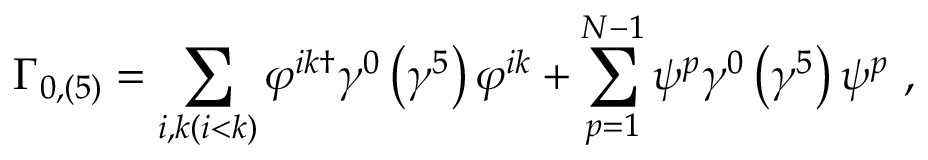
\Gamma _ { 0 , \left( 5 \right) } = \sum _ { i , k ( i < k ) } \varphi ^ { i k \dagger } \gamma ^ { 0 } \left( \gamma ^ { 5 } \right) \varphi ^ { i k } + \sum _ { p = 1 } ^ { N - 1 } \psi ^ { p } \gamma ^ { 0 } \left( \gamma ^ { 5 } \right) \psi ^ { p } \ ,